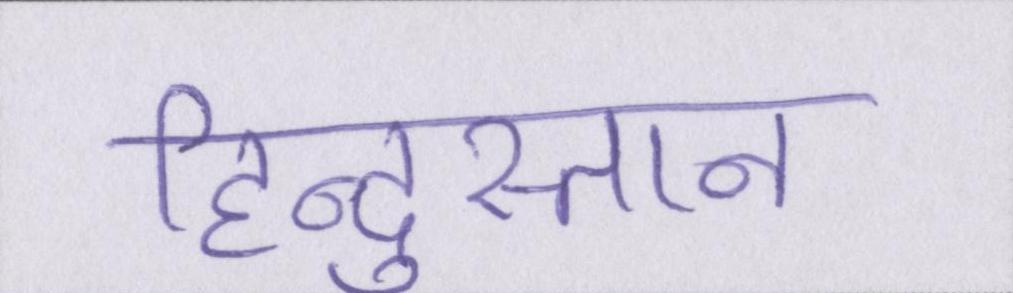
हिन्दुस्तान